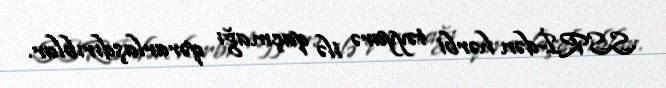
SSRİ-dən hərbi təyyarə ilə qaçmağı qərarlaşdırıblar.